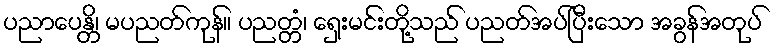
ပညာပေန္တိ၊ မပညတ်ကုန်။ ပညတ္တံ၊ ရှေးမင်းတို့သည် ပညတ်အပ်ပြီးသော အခွန်အတုပ်